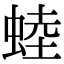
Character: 𧌉